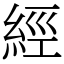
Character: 經